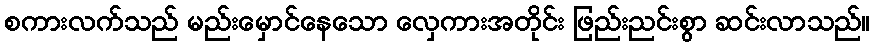
စကားလက်သည် မည်းမှောင်နေသော လှေကားအတိုင်း ဖြည်းညင်းစွာ ဆင်းလာသည်။